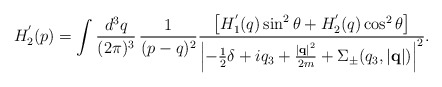
\begin{align*}H_2^{'}(p) = \int \frac{d^3q}{(2\pi)^3} \, \frac{1}{(p - q)^2} \frac{\left[ H_1^{'}(q) \sin^2\theta+H_2^{'}(q)\cos^2\theta \right]}{ \left|-\frac{1}{2}\delta+iq_3 + \frac{\left|{\bf q}\right|^2}{2m} + \Sigma_{\pm}(q_3,\left|{\bf q}\right|) \right|^2 }. \end{align*}